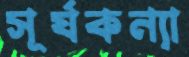
সূর্যকন্যা